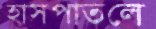
হাসপাতলে